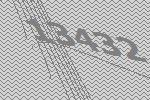
13432